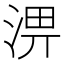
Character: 淠